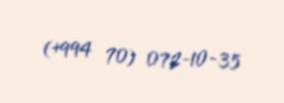
(+994 70) 072-10-35